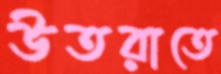
উতরাতে